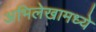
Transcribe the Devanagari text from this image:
अभिलेखामध्ये